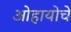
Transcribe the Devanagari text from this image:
ओहायोचे